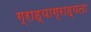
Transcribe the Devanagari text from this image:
ग्राह्याग्राह्यता